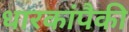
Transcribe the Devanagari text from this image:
धारकांपैकी